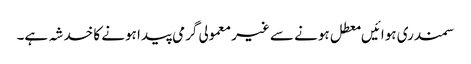
سمندری ہوائیں معطل ہونے سے غیر معمولی گرمی پیدا ہونے کا خدشہ ہے۔